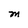
Character: M